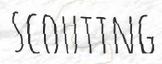
SCOUTING